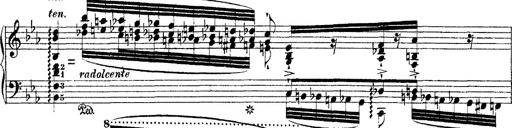
Title: Ã‰tudes d'exÃ©cution transcendante d'aprÃ¨s Paganini
Composer: Franz Liszt